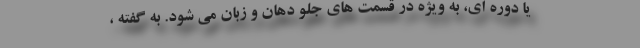
یا دوره ای، به ویژه در قسمت های جلو دهان و زبان می شود. به گفته ،